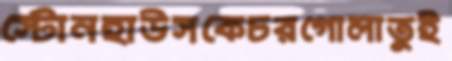
স্টোনহাউসকেচরগোলাতুই